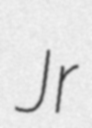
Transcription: Jr